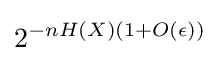
2^{-nH(X)(1+O(\epsilon ))}